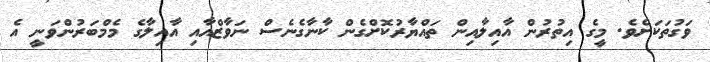
ވަގުތަކަށެވެ. މީގެ އިތުރުން އާއިލާއިން ތައްޔާރުކޮށްގެން ކާނާގެނެސް ނަވާޒްއާއި އާއިލާގެ މެމްބަރުންވަނީ އެ